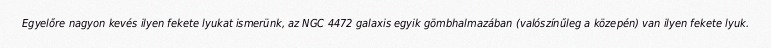
Egyelőre nagyon kevés ilyen fekete lyukat ismerünk, az NGC 4472 galaxis egyik gömbhalmazában (valószínűleg a közepén) van ilyen fekete lyuk.